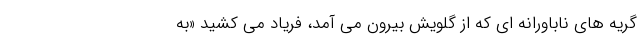
گریه های ناباورانه ای که از گلویش بیرون می آمد، فریاد می کشید «به